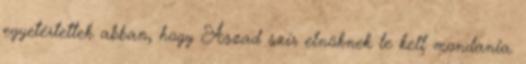
egyetértettek abban, hogy Aszad szír elnöknek le kell mondania.